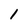
Character: 1